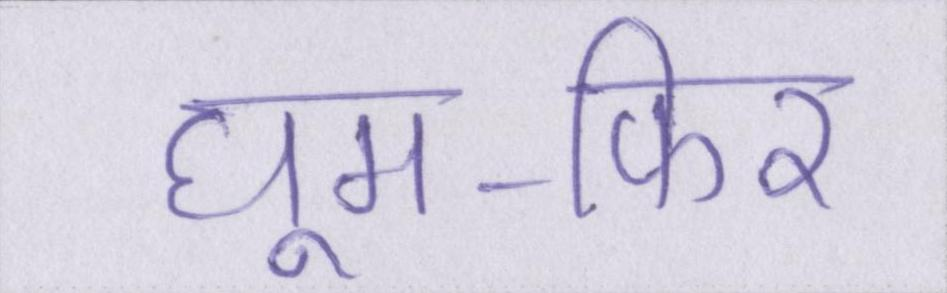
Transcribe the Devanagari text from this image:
घूम-फिर